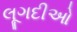
લૂગદીઓ